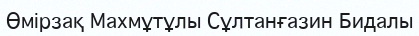
Өмірзақ Махмұтұлы Сұлтанғазин Бидалы